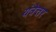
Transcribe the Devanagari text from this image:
यंत्रेत्तर